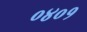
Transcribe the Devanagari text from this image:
०४०१